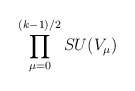
\begin{align*}\prod_{\mu=0}^{(k-1)/2} SU(V_{\mu})\end{align*}